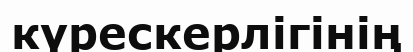
күрескерлігінің